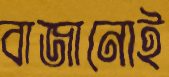
বাজানোই